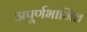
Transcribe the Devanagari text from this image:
अपूर्णभाजित